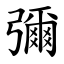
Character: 彌